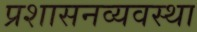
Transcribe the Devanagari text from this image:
प्रशासनव्यवस्था